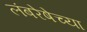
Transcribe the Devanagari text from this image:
लंबरेषेच्या